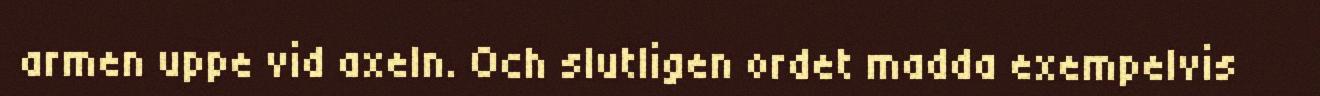
armen uppe vid axeln. Och slutligen ordet madda exempelvis